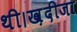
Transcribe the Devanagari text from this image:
थी।ख़दीजा